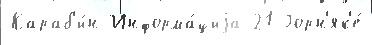
Караб'и́н Информа́циjа 21 Горн'як'е́